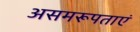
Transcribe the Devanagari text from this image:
असमरूपताएं